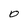
Character: O